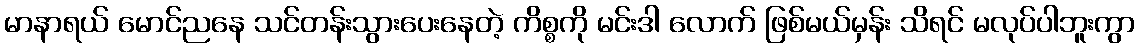
မာနာရယ် မောင်ညနေ သင်တန်းသွားပေးနေတဲ့ ကိစ္စကို မင်းဒါ လောက် ဖြစ်မယ်မှန်း သိရင် မလုပ်ပါဘူးကွာ